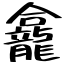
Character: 龕